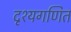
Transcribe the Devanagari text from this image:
दृश्यगणित